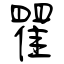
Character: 瞿